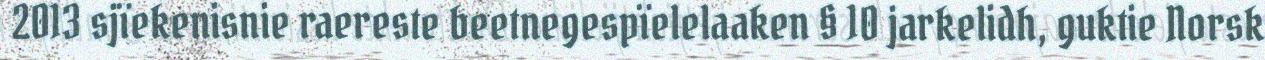
2013 sjïekenisnie raereste beetnegespïelelaaken § 10 jarkelidh, guktie Norsk